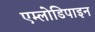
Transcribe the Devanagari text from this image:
एम्लोडिपाइन